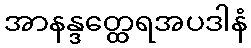
အာနန္ဒတ္ထေရအပဒါနံ